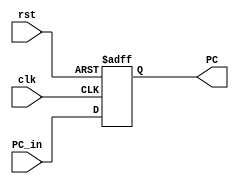
module WB_Stage_reg(
	input clk,
	input rst,
	input [31:0] PC_in,
	output reg [31:0] PC
);
	always @(posedge clk, posedge rst) begin
			if(rst)
				PC <= 32'b0;
			else 
				PC <= PC_in;
		end
endmodule